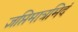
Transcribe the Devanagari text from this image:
ज्ञप्तिमात्रमिदं